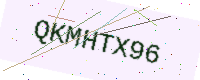
Text: QKMHTX96